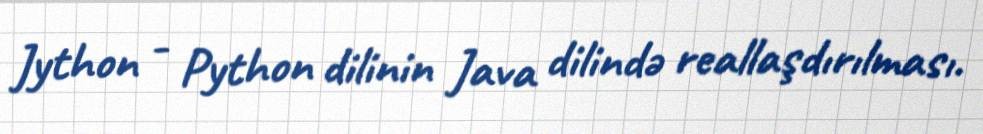
Jython - Python dilinin Java dilində reallaşdırılması.